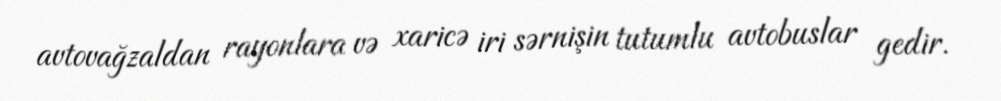
avtovağzaldan rayonlara və xaricə iri sərnişin tutumlu avtobuslar gedir.